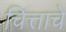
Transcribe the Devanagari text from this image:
चित्ताचे